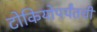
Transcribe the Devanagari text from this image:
टोकियोपर्यंतची